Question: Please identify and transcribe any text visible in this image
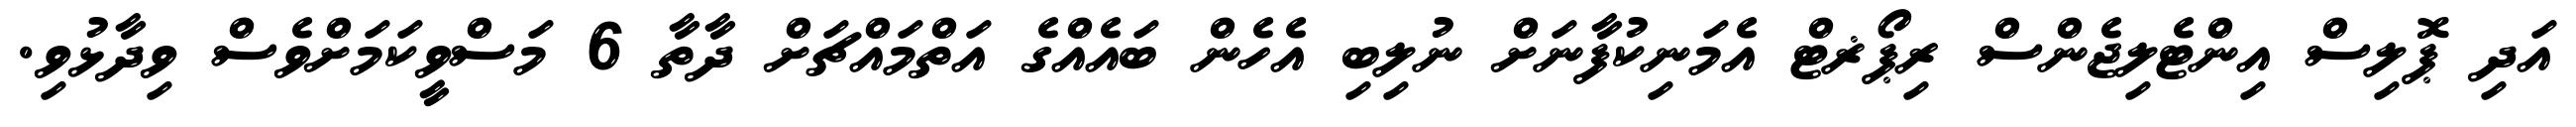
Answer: އަދި ޕޮލިސް އިންޓެލިޖެންސް ރިޕޯޜޓް އެމަނިކުފާނަށް ނުލިބި އެހެން ބައެއްގެ އަތްމައްޗަށް ދާތާ 6 މަސްވީކަމަށްވެސް ވިދާޅުވި.